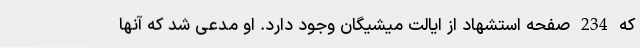
که 234 صفحه استشهاد از ایالت میشیگان وجود دارد. او مدعی شد که آنها